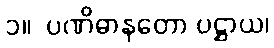
၁။  ပဏိဓာနတော ပဋ္ဌာယ၊